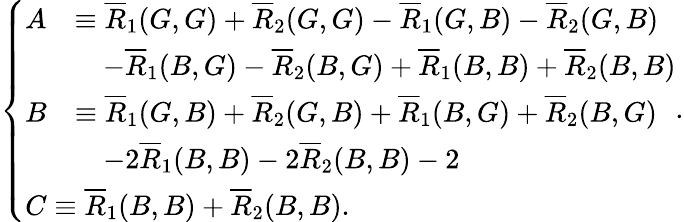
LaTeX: \left\{ \begin{array}{ll}{\begin{array}{rl}{A}&{\equiv\overline{{R}}_{1}(G,G)+\overline{{R}}_{2}(G,G)-\overline{{R}}_{1}(G,B)-\overline{{R}}_{2}(G,B)}\\ &{\quad-\overline{{R}}_{1}(B,G)-\overline{{R}}_{2}(B,G)+\overline{{R}}_{1}(B,B)+\overline{{R}}_{2}(B,B)}\end{array}}\\ {\begin{array}{rl}{B}&{\equiv\overline{{R}}_{1}(G,B)+\overline{{R}}_{2}(G,B)+\overline{{R}}_{1}(B,G)+\overline{{R}}_{2}(B,G)}\\ &{\quad-2\overline{{R}}_{1}(B,B)-2\overline{{R}}_{2}(B,B)-2}\end{array}}\\ {C\equiv\overline{{R}}_{1}(B,B)+\overline{{R}}_{2}(B,B).}\end{array}\right..